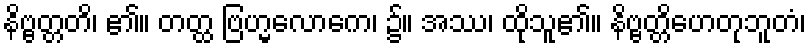
နိဗ္ဗတ္တတိ၊ ၏။ တတ္ထ ဗြဟ္မလောကေ၊ ၌။ အဿ၊ ထိုသူ၏။ နိဗ္ဗတ္တိဟေတုဘူတံ၊